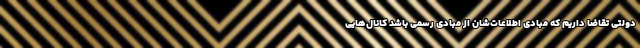
دولتی تقاضا داریم که مبادی اطلاعات‌شان از مبادی رسمی باشد کانال‌هایی